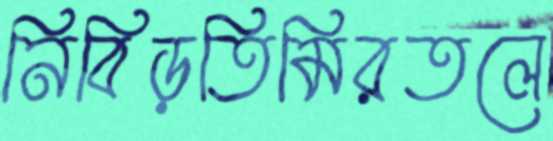
নিবিড়তিমিরতলে